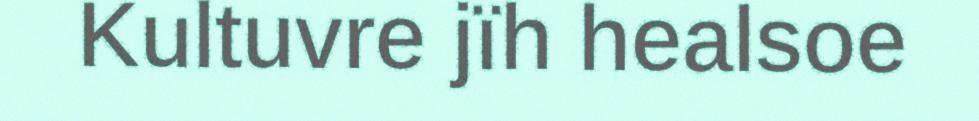
Kultuvre jïh healsoe